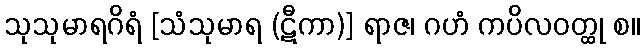
သုသုမာရဂိရံ [သံသုမာရ (ဋီကာ)] ရာဇ၊ ဂဟံ ကပိလဝတ္ထု စ။